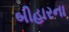
બીહારના